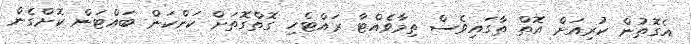
އެގޮތުން ކުރިއަށް އޮތް ތާގައިވެސް ތިމާވެއްޓާ ރައްޓެހި ގޮތްގޮތަށް ކަންކަން ބައްޓަން ކޮށްގެން